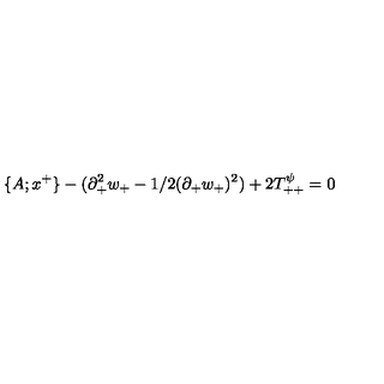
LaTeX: \{ A ; x ^ { + } \} - ( \partial _ { + } ^ { 2 } w _ { + } - 1 / 2 ( \partial _ { + } w _ { + } ) ^ { 2 } ) + 2 T _ { + + } ^ { \psi } = 0